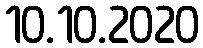
10.10.2020